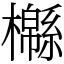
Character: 㰃